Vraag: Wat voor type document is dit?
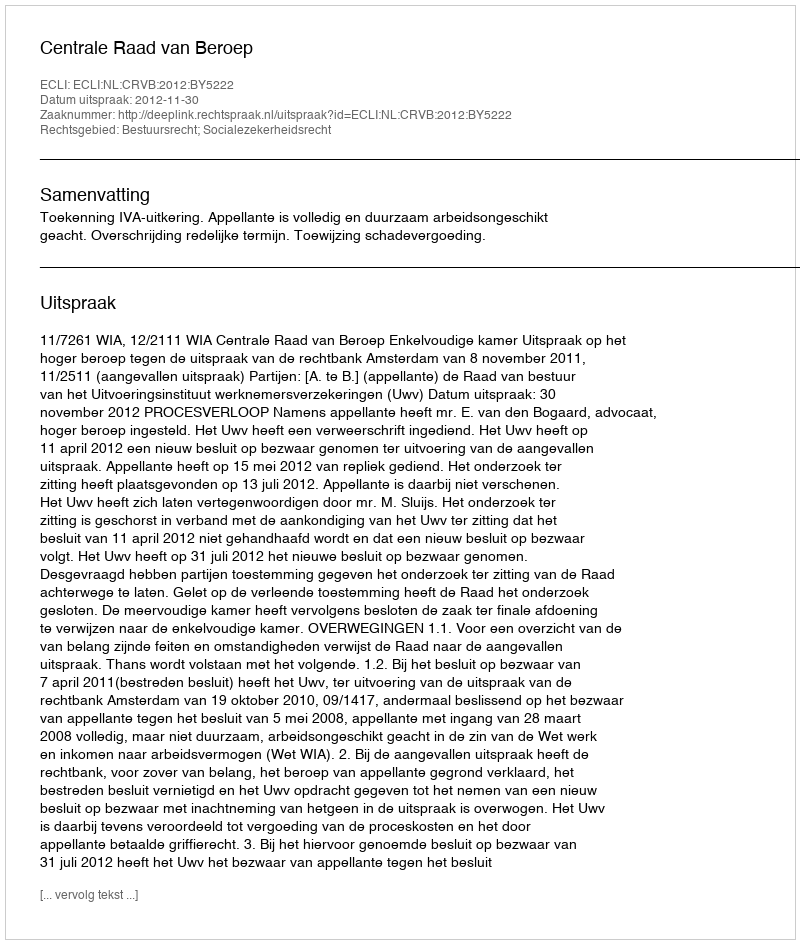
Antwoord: Uitspraak